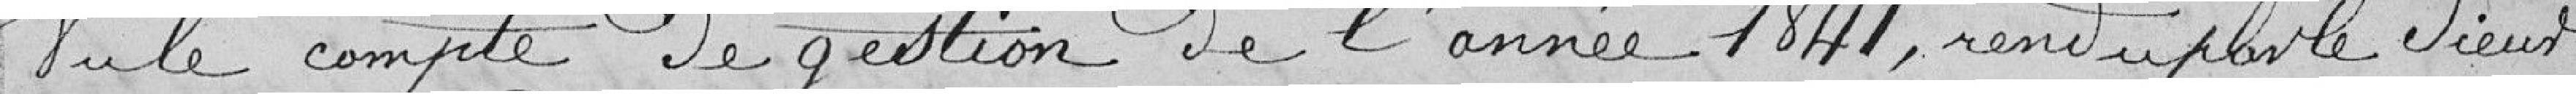
Vu le compte de gestion de l'année 1841, rendu par le vieux